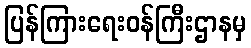
ပြန်ကြားရေးဝန်ကြီးဌာနမှ